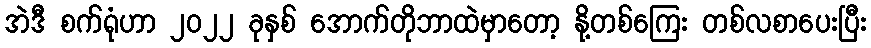
အဲဒီ စက်ရုံဟာ ၂၀၂၂ ခုနှစ် အောက်တိုဘာထဲမှာတော့ နို့တစ်ကြေး တစ်လစာပေးပြီး